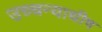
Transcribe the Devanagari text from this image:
उच्चन्याधीष